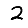
Digit: 2